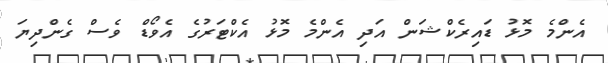
އެންމެ މޮޅު ޑައިރެކްޝަން އަދި އެންމެ މޮޅު އެކްޓަރުގެ އެވޯޑް ވެސް ގެންދިޔަ